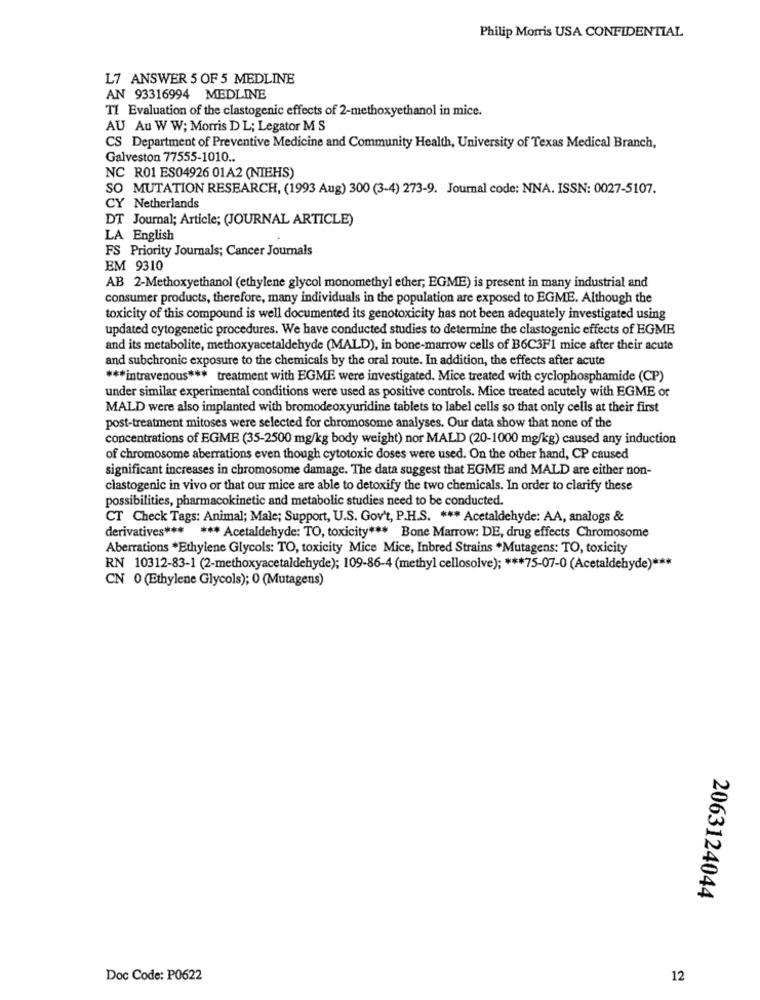
Philip Morris USA CONFIDENTIAL
L7 ANSWER 5 OF 5 MEDLINE
AN 93316994 MEDLINE
TI Evaluation of the clastogenic effects of 2-methoxyethanol in mice.
AU Au W W; Morris D L; Legator M S
CS Department of Preventive Medicine and Community Health, University of Texas Medical Branch,
Galveston 77555-1010 ..
NC R01 ES04926 01A2 (NIEHS)
SO MUTATION RESEARCH, (1993 Aug) 300 (3-4) 273-9. Journal code: NNA. ISSN: 0027-5107.
CY Netherlands
DT Journal; Article; (JOURNAL ARTICLE)
LA English
FS Priority Journals; Cancer Journals
EM 9310
AB 2-Methoxyethanol (ethylene glycol monomethyl ether; EGME) is present in many industrial and
consumer products, therefore, many individuals in the population are exposed to EGME. Although the
toxicity of this compound is well documented its genotoxicity has not been adequately investigated using
updated cytogenetic procedures. We have conducted studies to determine the clastogenic effects of EGME
and its metabolite, methoxyacetaldehyde (MALD), in bone-marrow cells of B6C3F1 mice after their acute
and subchronic exposure to the chemicals by the oral route. In addition, the effects after acute
*** intravenous *** treatment with EGME were investigated. Mice treated with cyclophosphamide (CP)
under similar experimental conditions were used as positive controls. Mice treated acutely with EGME or
MALD were also implanted with bromodeoxyuridine tablets to label cells so that only cells at their first
post-treatment mitoses were selected for chromosome analyses. Our data show that none of the
concentrations of EGME (35-2500 mg/kg body weight) nor MALD (20-1000 mg/kg) caused any induction
of chromosome aberrations even though cytotoxic doses were used. On the other hand, CP caused
significant increases in chromosome damage. The data suggest that EGME and MALD are either non-
clastogenic in vivo or that our mice are able to detoxify the two chemicals. In order to clarify these
possibilities, pharmacokinetic and metabolic studies need to be conducted.
CT Check Tags: Animal; Male; Support, U.S. Gov't, P.H.S. *** Acetaldehyde: AA, analogs &
derivatives *** *** Acetaldehyde: TO, toxicity *** Bone Marrow: DE, drug effects Chromosome
Aberrations *Ethylene Glycols: TO, toxicity Mice Mice, Inbred Strains *Mutagens: TO, toxicity
RN 10312-83-1 (2-methoxyacetaldehyde); 109-86-4 (methyl cellosolve); *** 75-07-0 (Acetaldehyde) ***
CN 0 (Ethylene Glycols); 0 (Mutagens)
2063124044
Doc Code: P0622
12